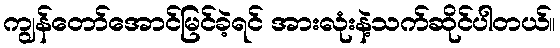
ကျွန်တော်အောင်မြင်ခဲ့ရင် အားလုံးနဲ့သက်ဆိုင်ပါတယ်။